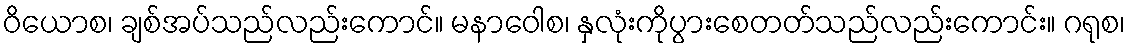
ဝိယောစ၊ ချစ်အပ်သည်လည်းကောင်။ မနာဝေါစ၊ နှလုံးကိုပွားစေတတ်သည်လည်းကောင်း။ ဂရုစ၊